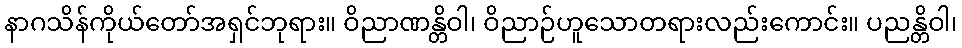
နာဂသိန်ကိုယ်တော်အရှင်ဘုရား။ ဝိညာဏန္တိဝါ၊ ဝိညာဉ်ဟူသောတရားလည်းကောင်း။ ပညန္တိဝါ၊